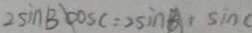
2 \sin B \cos C : 2 \sin A : \sin C